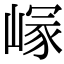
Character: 𡺪